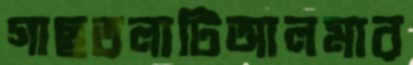
গাছতলাটিআলমার